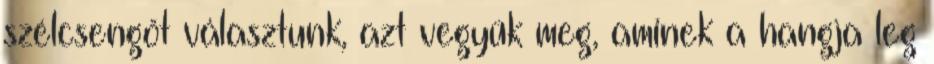
szélcsengőt választunk, azt vegyük meg, aminek a hangja leg